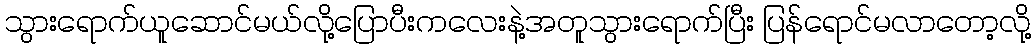
သွားရောက်ယူဆောင်မယ်လို့ပြောပီးကလေးနဲ့အတူသွားရောက်ပြီး ပြန်ရောင်မလာတော့လို့